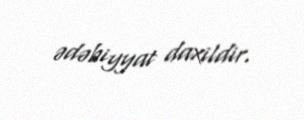
ədəbiyyat daxildir.